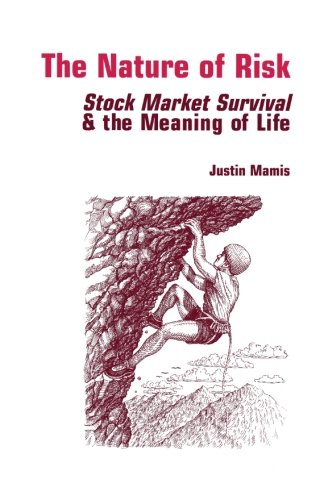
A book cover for The Nature of Risk (Fraser Publishing Library) (Contrary Opinion Library); Justin Mamis; Business & Money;